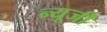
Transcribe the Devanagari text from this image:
न्यूजी